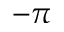
- \pi